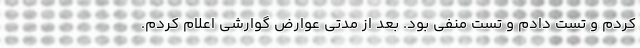
کردم و تست دادم و تست منفی بود. بعد از مدتی عوارض گوارشی اعلام کردم.